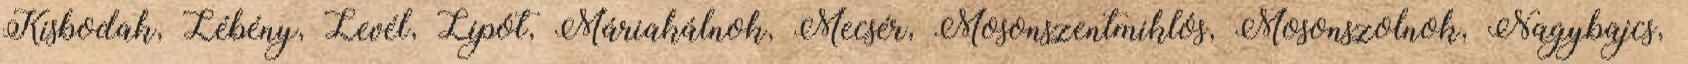
Kisbodak, Lébény, Levél, Lipót, Máriakálnok, Mecsér, Mosonszentmiklós, Mosonszolnok, Nagybajcs,